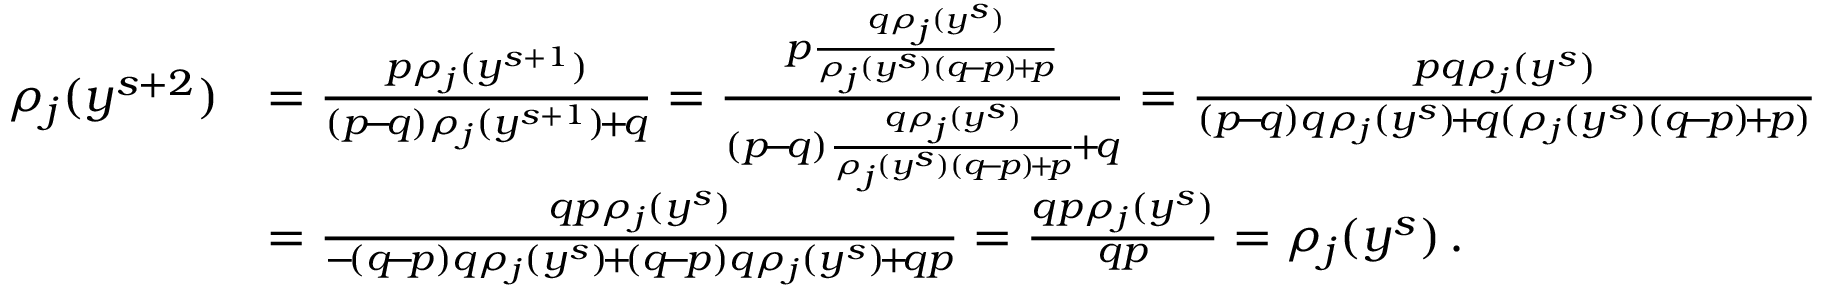
\begin{array} { r l } { \rho _ { j } ( y ^ { s + 2 } ) } & { = \frac { p \rho _ { j } ( y ^ { s + 1 } ) } { ( p \! - \! q ) \rho _ { j } ( y ^ { s + 1 } ) \! + \! q } = \frac { p \frac { q \rho _ { j } ( y ^ { s } ) } { \rho _ { j } ( y ^ { s } ) ( q \! - \! p ) \! + \! p } } { ( p \! - \! q ) \frac { q \rho _ { j } ( y ^ { s } ) } { \rho _ { j } ( y ^ { s } ) ( q \! - \! p ) \! + \! p } \! + \! q } = \frac { p q \rho _ { j } ( y ^ { s } ) } { ( p \! - \! q ) q \rho _ { j } ( y ^ { s } ) \! + \! q ( \rho _ { j } ( y ^ { s } ) ( q \! - \! p ) \! + \! p ) } } \\ & { = \frac { q p \rho _ { j } ( y ^ { s } ) } { - \! ( q \! - \! p ) q \rho _ { j } ( y ^ { s } ) \! + \! ( q \! - \! p ) q \rho _ { j } ( y ^ { s } ) \! + \! q p } = \frac { q p \rho _ { j } ( y ^ { s } ) } { q p } = \rho _ { j } ( y ^ { s } ) \, . } \end{array}